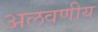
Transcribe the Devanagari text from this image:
अलवणीय